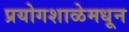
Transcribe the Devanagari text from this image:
प्रयोगशाळेमधून